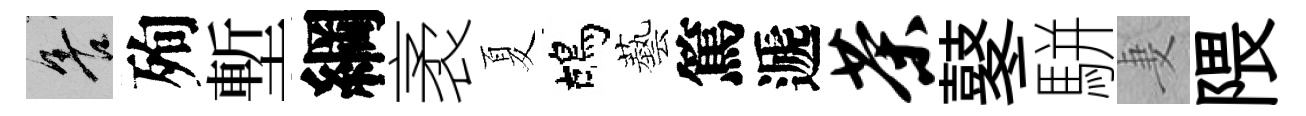
善殉塹綱袤夏鴣藝篤遞茶鼕駢妻隈